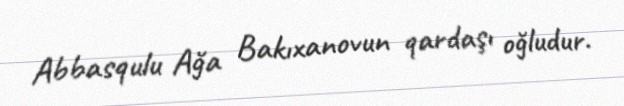
Abbasqulu Ağa Bakıxanovun qardaşı oğludur.